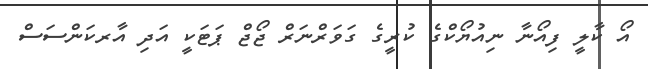
އޯ ކާލީ ފިއޯނާ ނިއުޔޯކްގެ ކުރީގެ ގަވަރްނަރް ޖޯޖް ޕަޓަކީ އަދި އާރކަންސަސް